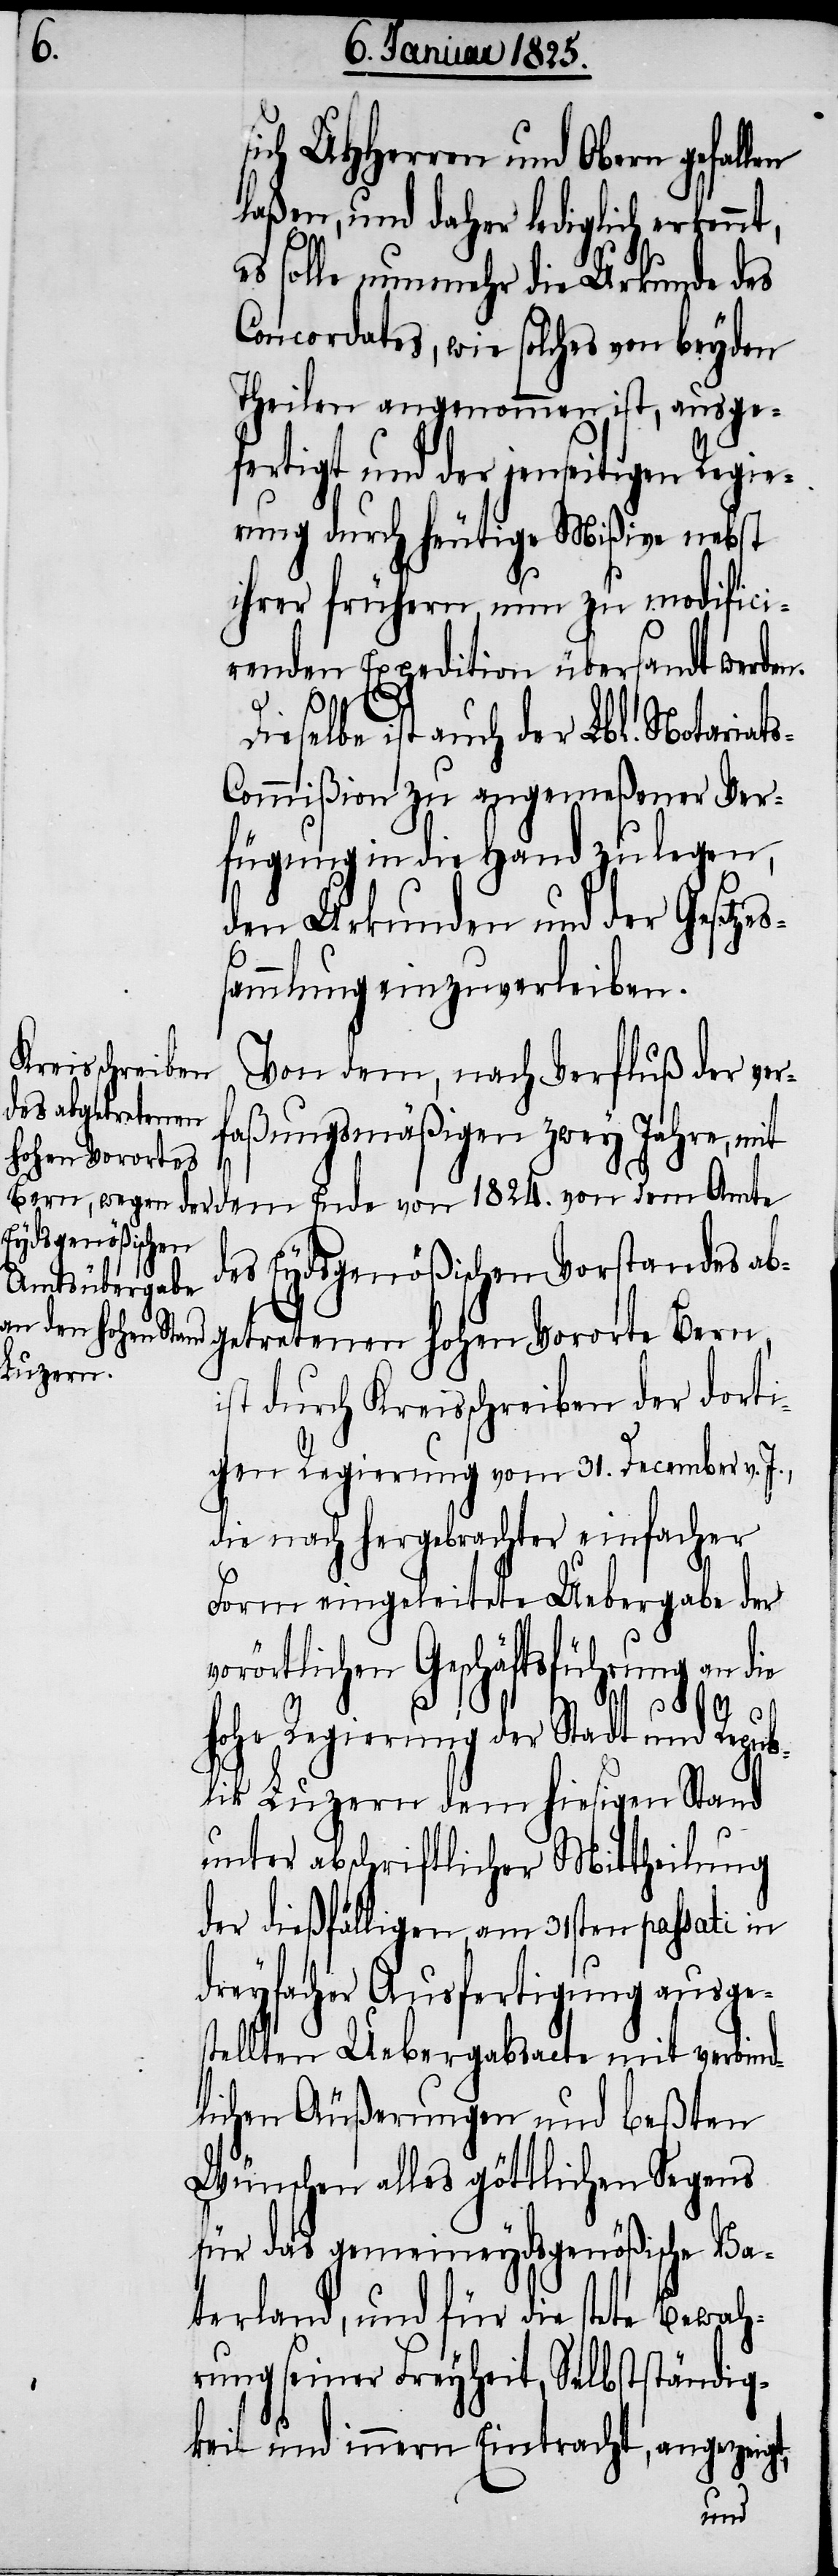
ich UHHerren und Obern gefall¬
laßen, und daher lediglich erken¬
es solle nunmehr die Urkunde des
Concordates, wie solches von beyden
Theilen angenommen ist, ausge¬
fertigt und der jenseitigen Regie¬
rung durch heutige Mißive nebst
ihrer frühern, nun zu modifici¬
renden Expedition übersandt werden.
s¬
Dieselbe ist auch der Lbl. Notariat¬
s-Commißion zu angemeßener Ver¬
fügung in die Hand zu legen,
den Urkunden und der Gesetze¬
sammlung einzuverleiben.
Von dem, nach Verfluß der ver¬
faßungsmäßigen zwey Jahre, mit
nt,
des Eydsgenößischen Vorstandes abg¬
etretenen hohen Vororte Bern,
ist durch Kreisschreiben der dorti¬
gen Regierung vom 31. December v. J.,
die nach hergebrachter einfacher
Form eingeleitete Uebergabe der
vorörtlichen Geschäftsführung an die
hohe Regierung der Stadt und Republ¬
ik Luzern dem hiesigen Stand
unter abschriftlicher Mittheilung
der dießfälligen, am 31sten passati in
dreyfacher Ausfertigung ausge¬
stellten Uebergabsacte mit verbind¬
lichen Äußerungen und beßten
Wünschen alles göttlichen Segens
für das gemeineydsgenößische Va¬
terland, und für die stete Bewah¬
rung seiner Freyheit, Selbstständig¬
keit und innern Eintracht, angezeigt,